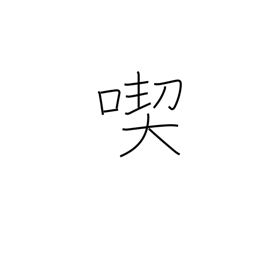
Meaning: consume